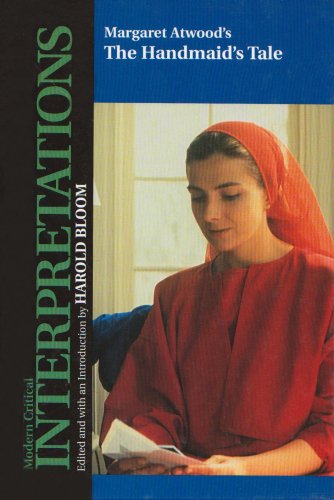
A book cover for Margaret Atwood's the Handmaid's Tale (Bloom's Modern Critical Interpretations); Science Fiction & Fantasy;